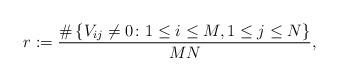
LaTeX: \begin{align*}r := \frac{\# \left\{ V_{ij} \neq 0 \colon 1\leq i \leq M, 1 \leq j \leq N \right\}}{MN},\end{align*}